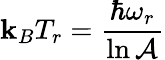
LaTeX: \mathbf{k}_{B}T_{r}=\frac{{\hbar\omega_{r}}}{{\ln\mathcal{{A}}}}